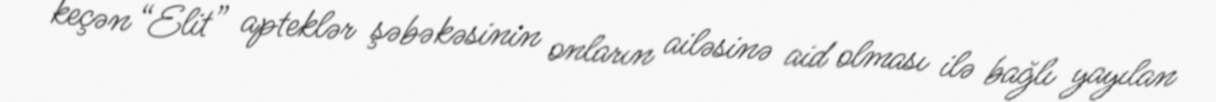
keçən “Elit” apteklər şəbəkəsinin onların ailəsinə aid olması ilə bağlı yayılan